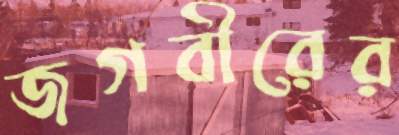
জগবীরের